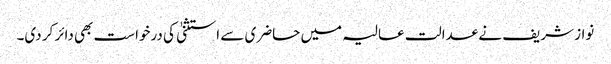
نواز شریف نے عدالت عالیہ میں حاضری سے استثنیٰ کی درخواست بھی دائر کر دی۔